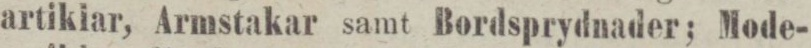
artiklar, Armstakar samt Bordsprydnader; Mode-